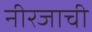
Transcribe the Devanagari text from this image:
नीरजाची